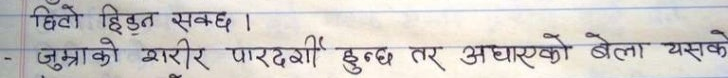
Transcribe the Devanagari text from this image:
छिटो हिँड्न सक्छ।
जुम्भाको शरीर पारदर्शी हुन्छ तर अँध्यारोको बेला यसको